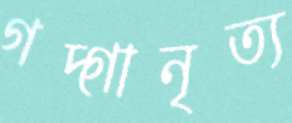
গদ্গানৃত্য